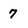
Character: 7